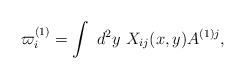
\begin{align*}\varpi^{(1)}_i = \int \ d^2y \ X_{ij}(x,y)A^{(1)j},\end{align*}